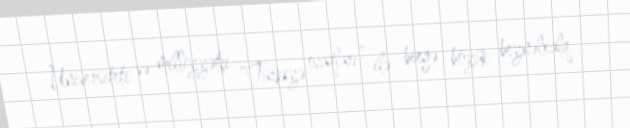
Universiteti və milliyyətçi “Türkiyə ocaqları” ilə birgə böyük beynəlxalq